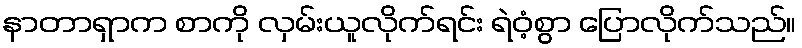
နာတာရှာက စာကို လှမ်းယူလိုက်ရင်း ရဲဝံ့စွာ ပြောလိုက်သည်။